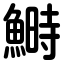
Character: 鰣